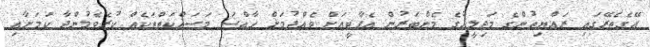
އޭގެތެރޭގައި ރައްޔިތުންގެ މަޖިލީހުގެ މެންބަރުން އެޕާޓީއަށް ވެއްދުމަށް ހާއްސަ މަސައްކަތްތަކެއް ކުރެވެމުންދާ ކަމަށާއި